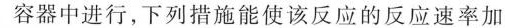
容器中进行，下列措施能使该反应的反应速率加